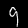
Digit: 9